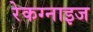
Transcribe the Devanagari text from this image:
रेकग्नाइज